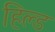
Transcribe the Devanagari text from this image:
हिल्ड